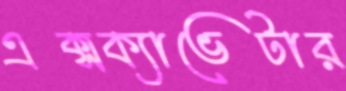
এক্সক্যাভেটার